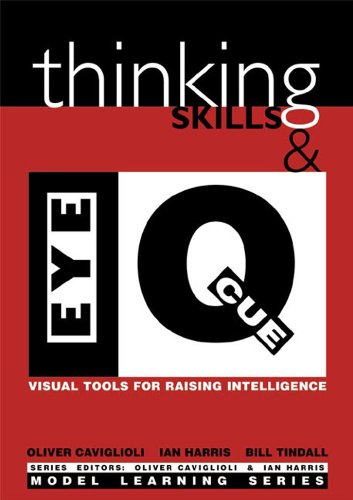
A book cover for Thinking Skills and Eye Q:: Visual Clues for Raising Intelligence (Model Learning); Oliver Caviglioli; Sports & Outdoors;